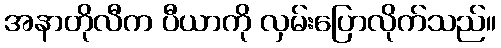
အနာတိုလီက ပီယာကို လှမ်းပြောလိုက်သည်။